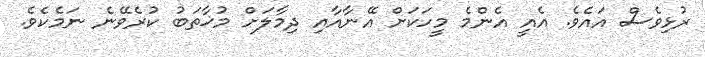
ރުޅިވެސް އައެވެ. އެއީ އެންމެ މީހަކަށް އޭނާއާއި ދިމާލަށް މުޚާތަބު ކުރެވޭނެ ނަމެކެވެ.